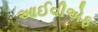
આઈવીએફ